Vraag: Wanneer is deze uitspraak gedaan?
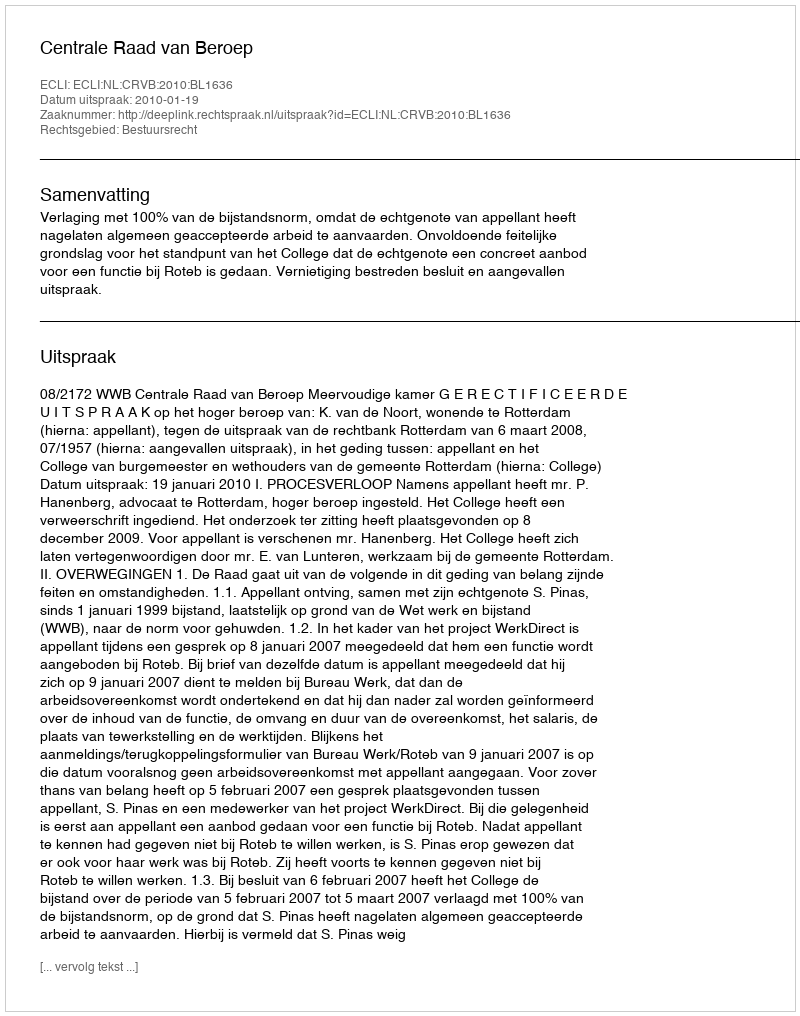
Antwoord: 2010-01-19